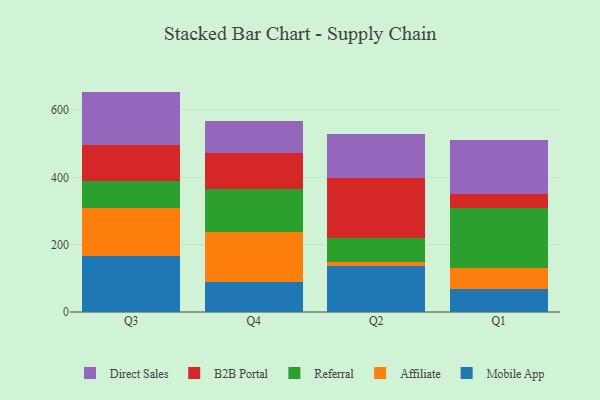
{"axis": {"x": "Quarter", "y": "Revenue (USD Million)"}, "legend": ["Affiliate", "B2B Portal", "Direct Sales", "Mobile App", "Referral"], "data": [{"x": "Q3", "y": 167.7, "type": "Mobile App"}, {"x": "Q3", "y": 140.6, "type": "Affiliate"}, {"x": "Q3", "y": 82.2, "type": "Referral"}, {"x": "Q3", "y": 105.9, "type": "B2B Portal"}, {"x": "Q3", "y": 158.8, "type": "Direct Sales"}, {"x": "Q4", "y": 87.8, "type": "Mobile App"}, {"x": "Q4", "y": 150.7, "type": "Affiliate"}, {"x": "Q4", "y": 125.7, "type": "Referral"}, {"x": "Q4", "y": 107.9, "type": "B2B Portal"}, {"x": "Q4", "y": 94.3, "type": "Direct Sales"}, {"x": "Q2", "y": 136.2, "type": "Mobile App"}, {"x": "Q2", "y": 11.7, "type": "Affiliate"}, {"x": "Q2", "y": 73.1, "type": "Referral"}, {"x": "Q2", "y": 177.6, "type": "B2B Portal"}, {"x": "Q2", "y": 131.5, "type": "Direct Sales"}, {"x": "Q1", "y": 68.6, "type": "Mobile App"}, {"x": "Q1", "y": 63.5, "type": "Affiliate"}, {"x": "Q1", "y": 178.2, "type": "Referral"}, {"x": "Q1", "y": 39.2, "type": "B2B Portal"}, {"x": "Q1", "y": 161.1, "type": "Direct Sales"}]}